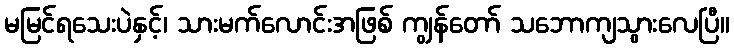
မမြင်ရသေးပဲနှင့်၊ သားမက်လောင်းအဖြစ် ကျွန်တော် သဘောကျသွားလေပြီ။